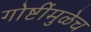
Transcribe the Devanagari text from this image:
गोष्टींमुळेच